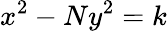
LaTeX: x^{2}-Ny^{2}=k